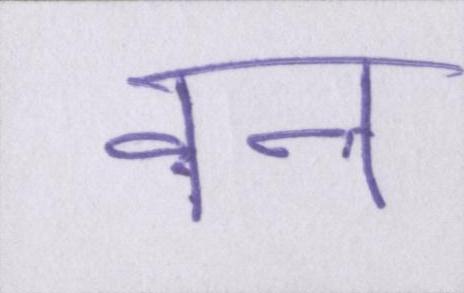
वन